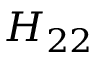
H _ { 2 2 }